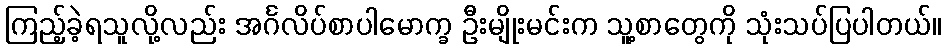
ကြည့်ခဲ့ရသူလို့လည်း အင်္ဂလိပ်စာပါမောက္ခ ဦးမျိုးမင်းက သူ့စာတွေကို သုံးသပ်ပြပါတယ်။